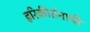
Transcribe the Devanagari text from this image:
हरिकीर्तनाची